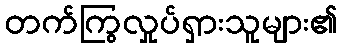
တက်ကြွလှုပ်ရှားသူများ၏